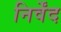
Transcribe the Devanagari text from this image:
निर्वेंद